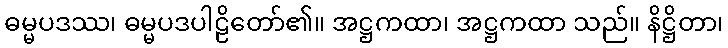
ဓမ္မပဒဿ၊ ဓမ္မပဒပါဠိတော်၏။ အဋ္ဌကထာ၊ အဋ္ဌကထာ သည်။ နိဋ္ဌိတာ၊